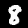
Label: 8